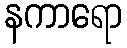
နကာရော